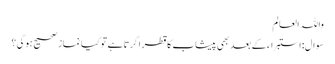
واللہ العالم
سوال:استبراء کے بعد بھی پیشاب کا قطرا گرتا ہے تو کیا نماز صحیح ہوگی؟